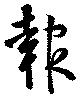
報